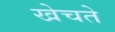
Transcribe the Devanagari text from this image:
खेचते